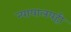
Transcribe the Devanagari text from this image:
न्यायालयही